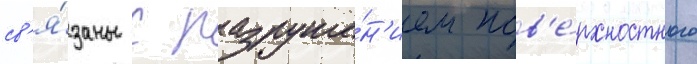
св'я́заны с разруше́н'ием пов'е́рхностного